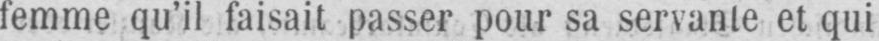
femme qu’il faisait passer pour sa servante et qui